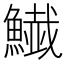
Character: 𩻅